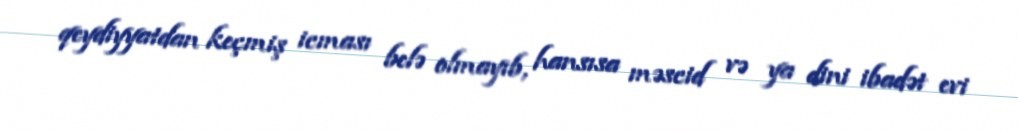
qeydiyyatdan keçmiş icması belə olmayıb, hansısa məscid və ya dini ibadət evi